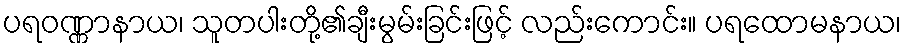
ပရဝဏ္ဏာနာယ၊ သူတပါးတို့၏ချီးမွမ်းခြင်းဖြင့် လည်းကောင်း။ ပရထောမနာယ၊